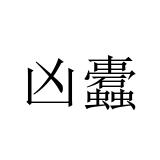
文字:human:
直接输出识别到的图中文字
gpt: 凶蠹